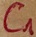
Text: C1